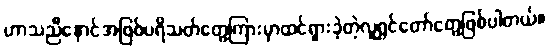
ဟာသညီနောင်အဖြစ်ပရိသတ်တွေကြားမှာထင်ရှားခဲ့တဲ့လူရွှင်တော်တွေဖြစ်ပါတယ်။